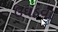
ઉઘડવા